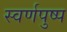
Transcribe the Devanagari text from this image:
स्वर्णपुष्प